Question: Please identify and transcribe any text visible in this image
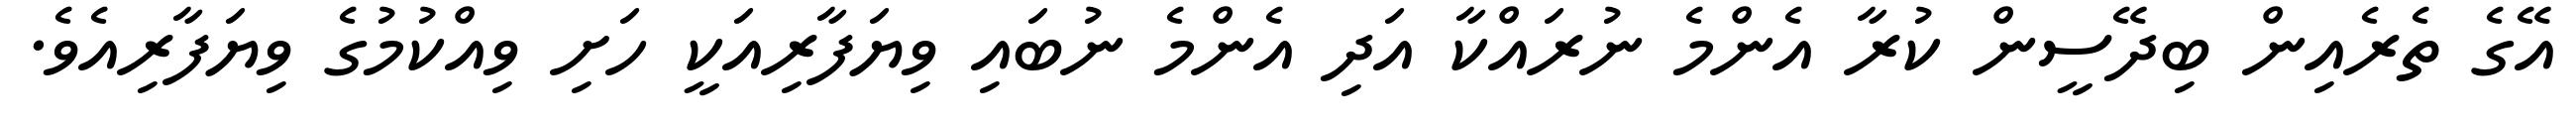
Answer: އޭގެ ތެރެއިން ބިދޭސީން ކުރާ އެންމެ ނުރައްކާ އަދި އެންމެ ނުބައި ވިޔަފާރިއަކީ ހަށި ވިއްކުމުގެ ވިޔަފާރިއެވެ.